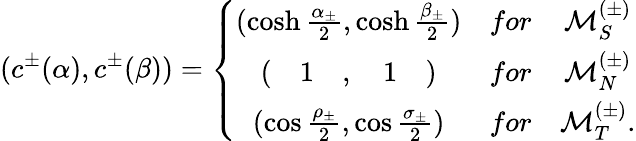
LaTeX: (c^{\pm}(\alpha),c^{\pm}(\beta))=\left\{ \begin{array}{ccc}{{(\cosh\frac{\alpha_{\pm}}{2},\cosh\frac{\beta_{\pm}}{2})}}&{{for}}&{{{\cal M}_{S}^{(\pm)}}}\\ {{(\quad 1\quad,\quad 1\quad)}}&{{for}}&{{{\cal M}_{N}^{(\pm)}}}\\ {{(\cos\frac{\rho_{\pm}}{2},\cos\frac{\sigma_{\pm}}{2})}}&{{for}}&{{{\cal M}_{T}^{(\pm)}.}}\end{array}\right.